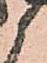
候